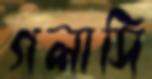
গলাসি